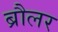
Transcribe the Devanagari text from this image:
ब्रौलर